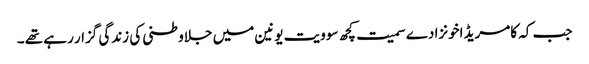
جب کہ کامریڈ اخونزادے سمیت کچھ سوویت یونین میں جلاوطنی کی زندگی گزار رہے تھے ۔